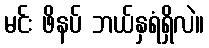
မင်း ဖိနပ် ဘယ်နှရံရှိလဲ။